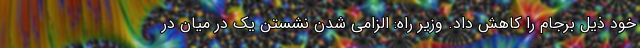
خود ذیل برجام را کاهش داد. وزیر راه: الزامی شدن نشستن یک در میان در